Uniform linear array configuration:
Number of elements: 64
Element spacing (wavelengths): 0.25
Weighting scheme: blackman
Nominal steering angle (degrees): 15
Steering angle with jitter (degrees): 16.509
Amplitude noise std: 0.05
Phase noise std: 0.05

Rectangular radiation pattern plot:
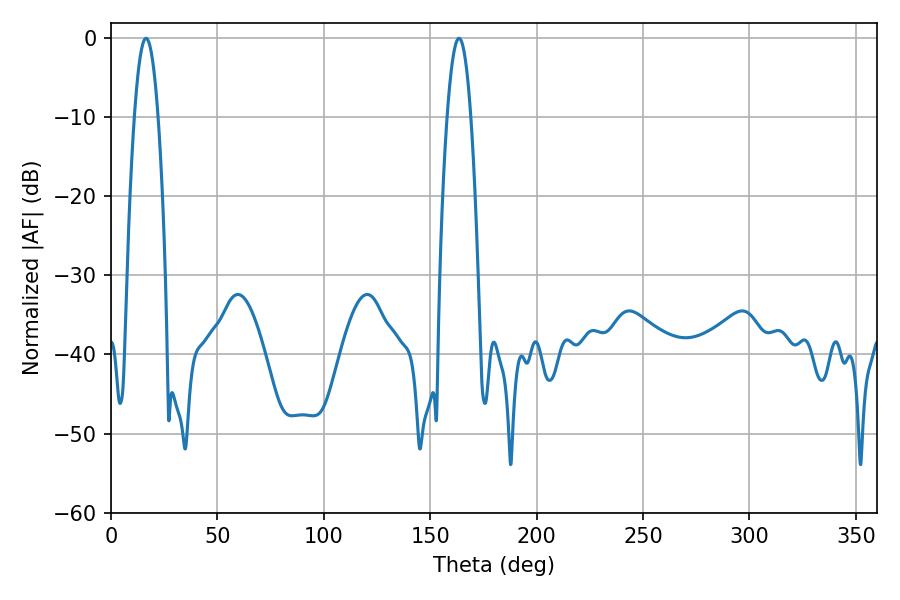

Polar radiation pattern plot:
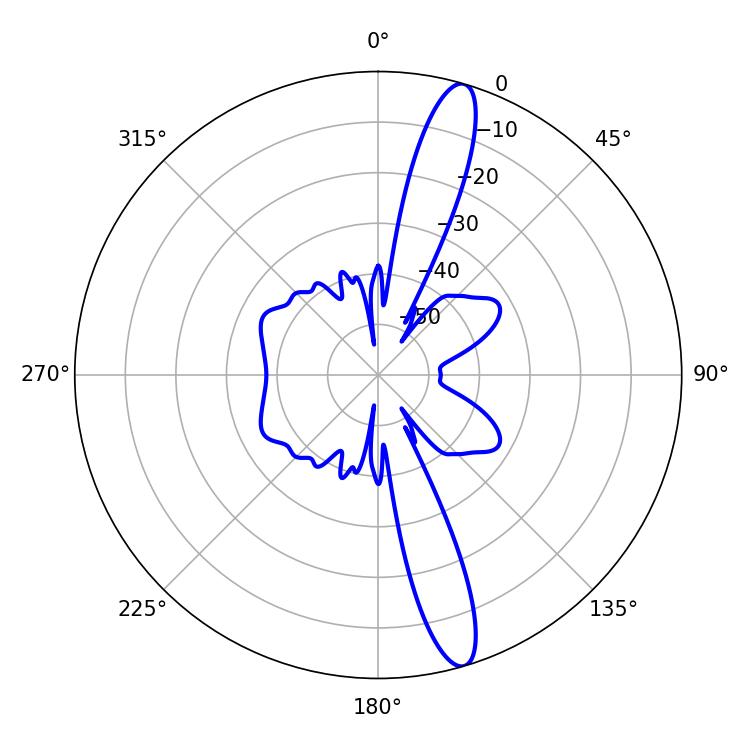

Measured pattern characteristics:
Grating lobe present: FALSE
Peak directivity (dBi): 14.855
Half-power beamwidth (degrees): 6.12
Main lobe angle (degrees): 16.38